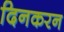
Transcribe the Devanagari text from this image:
दिनकरन